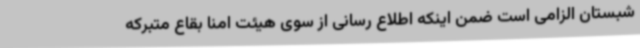
شبستان الزامی است ضمن اینکه اطلاع رسانی از سوی هیئت امنا بقاع متبرکه